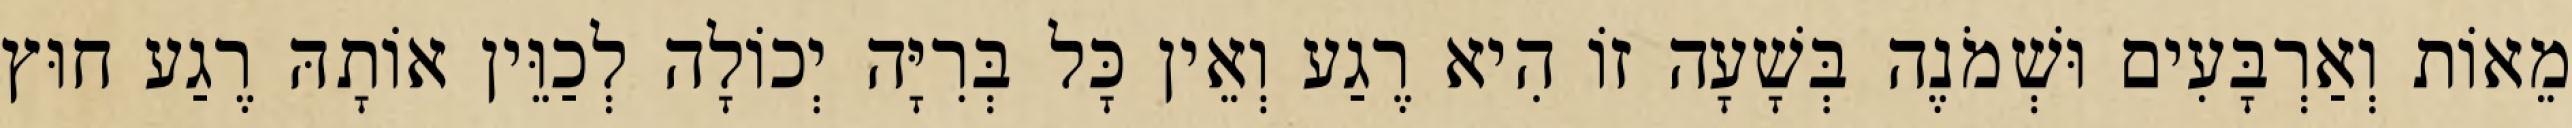
מֵאוֹת וְאַרְבָּעִים וּשְׁמֹנֶה בְּשָׁעָה זוֹ הִיא רֶגַע וְאֵין כָּל בְּרִיָּה יְכוֹלָה לְכַוֵּין אוֹתָהּ רֶגַע חוּץ